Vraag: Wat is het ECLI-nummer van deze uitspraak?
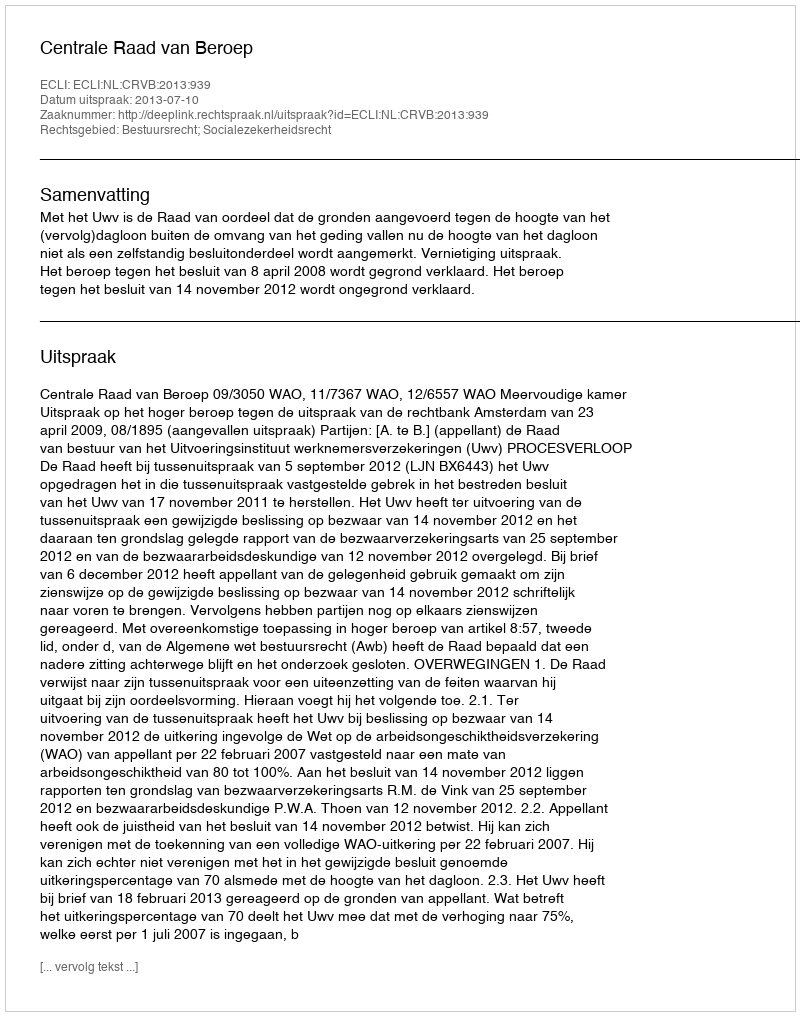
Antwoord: ECLI:NL:CRVB:2013:939